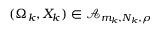
( \Omega _ { k } , X _ { k } ) \in \mathcal A _ { m _ { k } , N _ { k } , \rho }